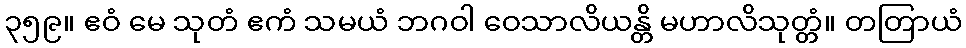
၃၅၉။ ဧဝံ မေ သုတံ ဧကံ သမယံ ဘဂဝါ ဝေသာလိယန္တိ မဟာလိသုတ္တံ။ တတြာယံ